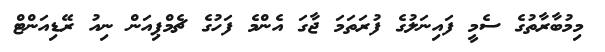
މިމުބާރާތުގެ ސެމީ ފައިނަލުގެ ފުރަތަމަ ޖާގަ އެންމެ ފަހުގެ ޗެމްޕިއަން ނިއު ރޭޑިއަންޓް